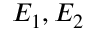
E _ { 1 } , E _ { 2 }